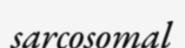
sarcosomal